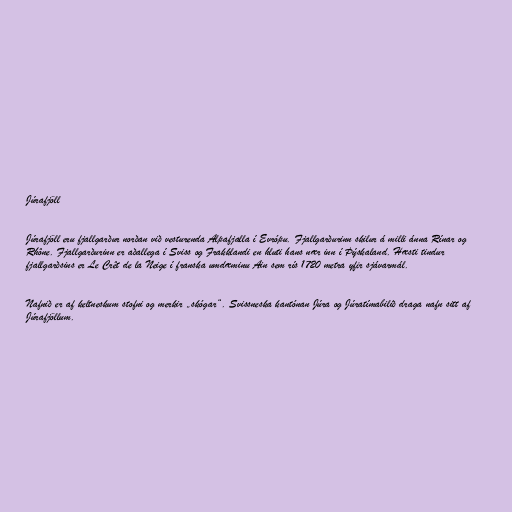
Júrafjöll

Júrafjöll eru fjallgarður norðan við vesturenda Alpafjalla í Evrópu. Fjallgarðurinn skilur á milli ánna Rínar og
Rhône. Fjallgarðurinn er aðallega í Sviss og Frakklandi en hluti hans nær inn í Þýskaland. Hæsti tindur
fjallgarðsins er Le Crêt de la Neige í franska umdæminu Ain sem rís 1720 metra yfir sjávarmál.

Nafnið er af keltneskum stofni og merkir „skógar“. Svissneska kantónan Júra og Júratímabilið draga nafn sitt af
Júrafjöllum.